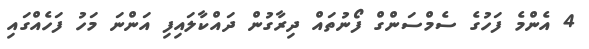
4 އެންމެ ފަހުގެ ސެމްސަންގް ފޯނުތައް ދިރާގުން ދައްކާލައިފި އަންނަ މަހު ފަހެއްގައި